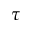
\tau